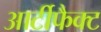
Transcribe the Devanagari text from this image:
आर्टीफैक्ट